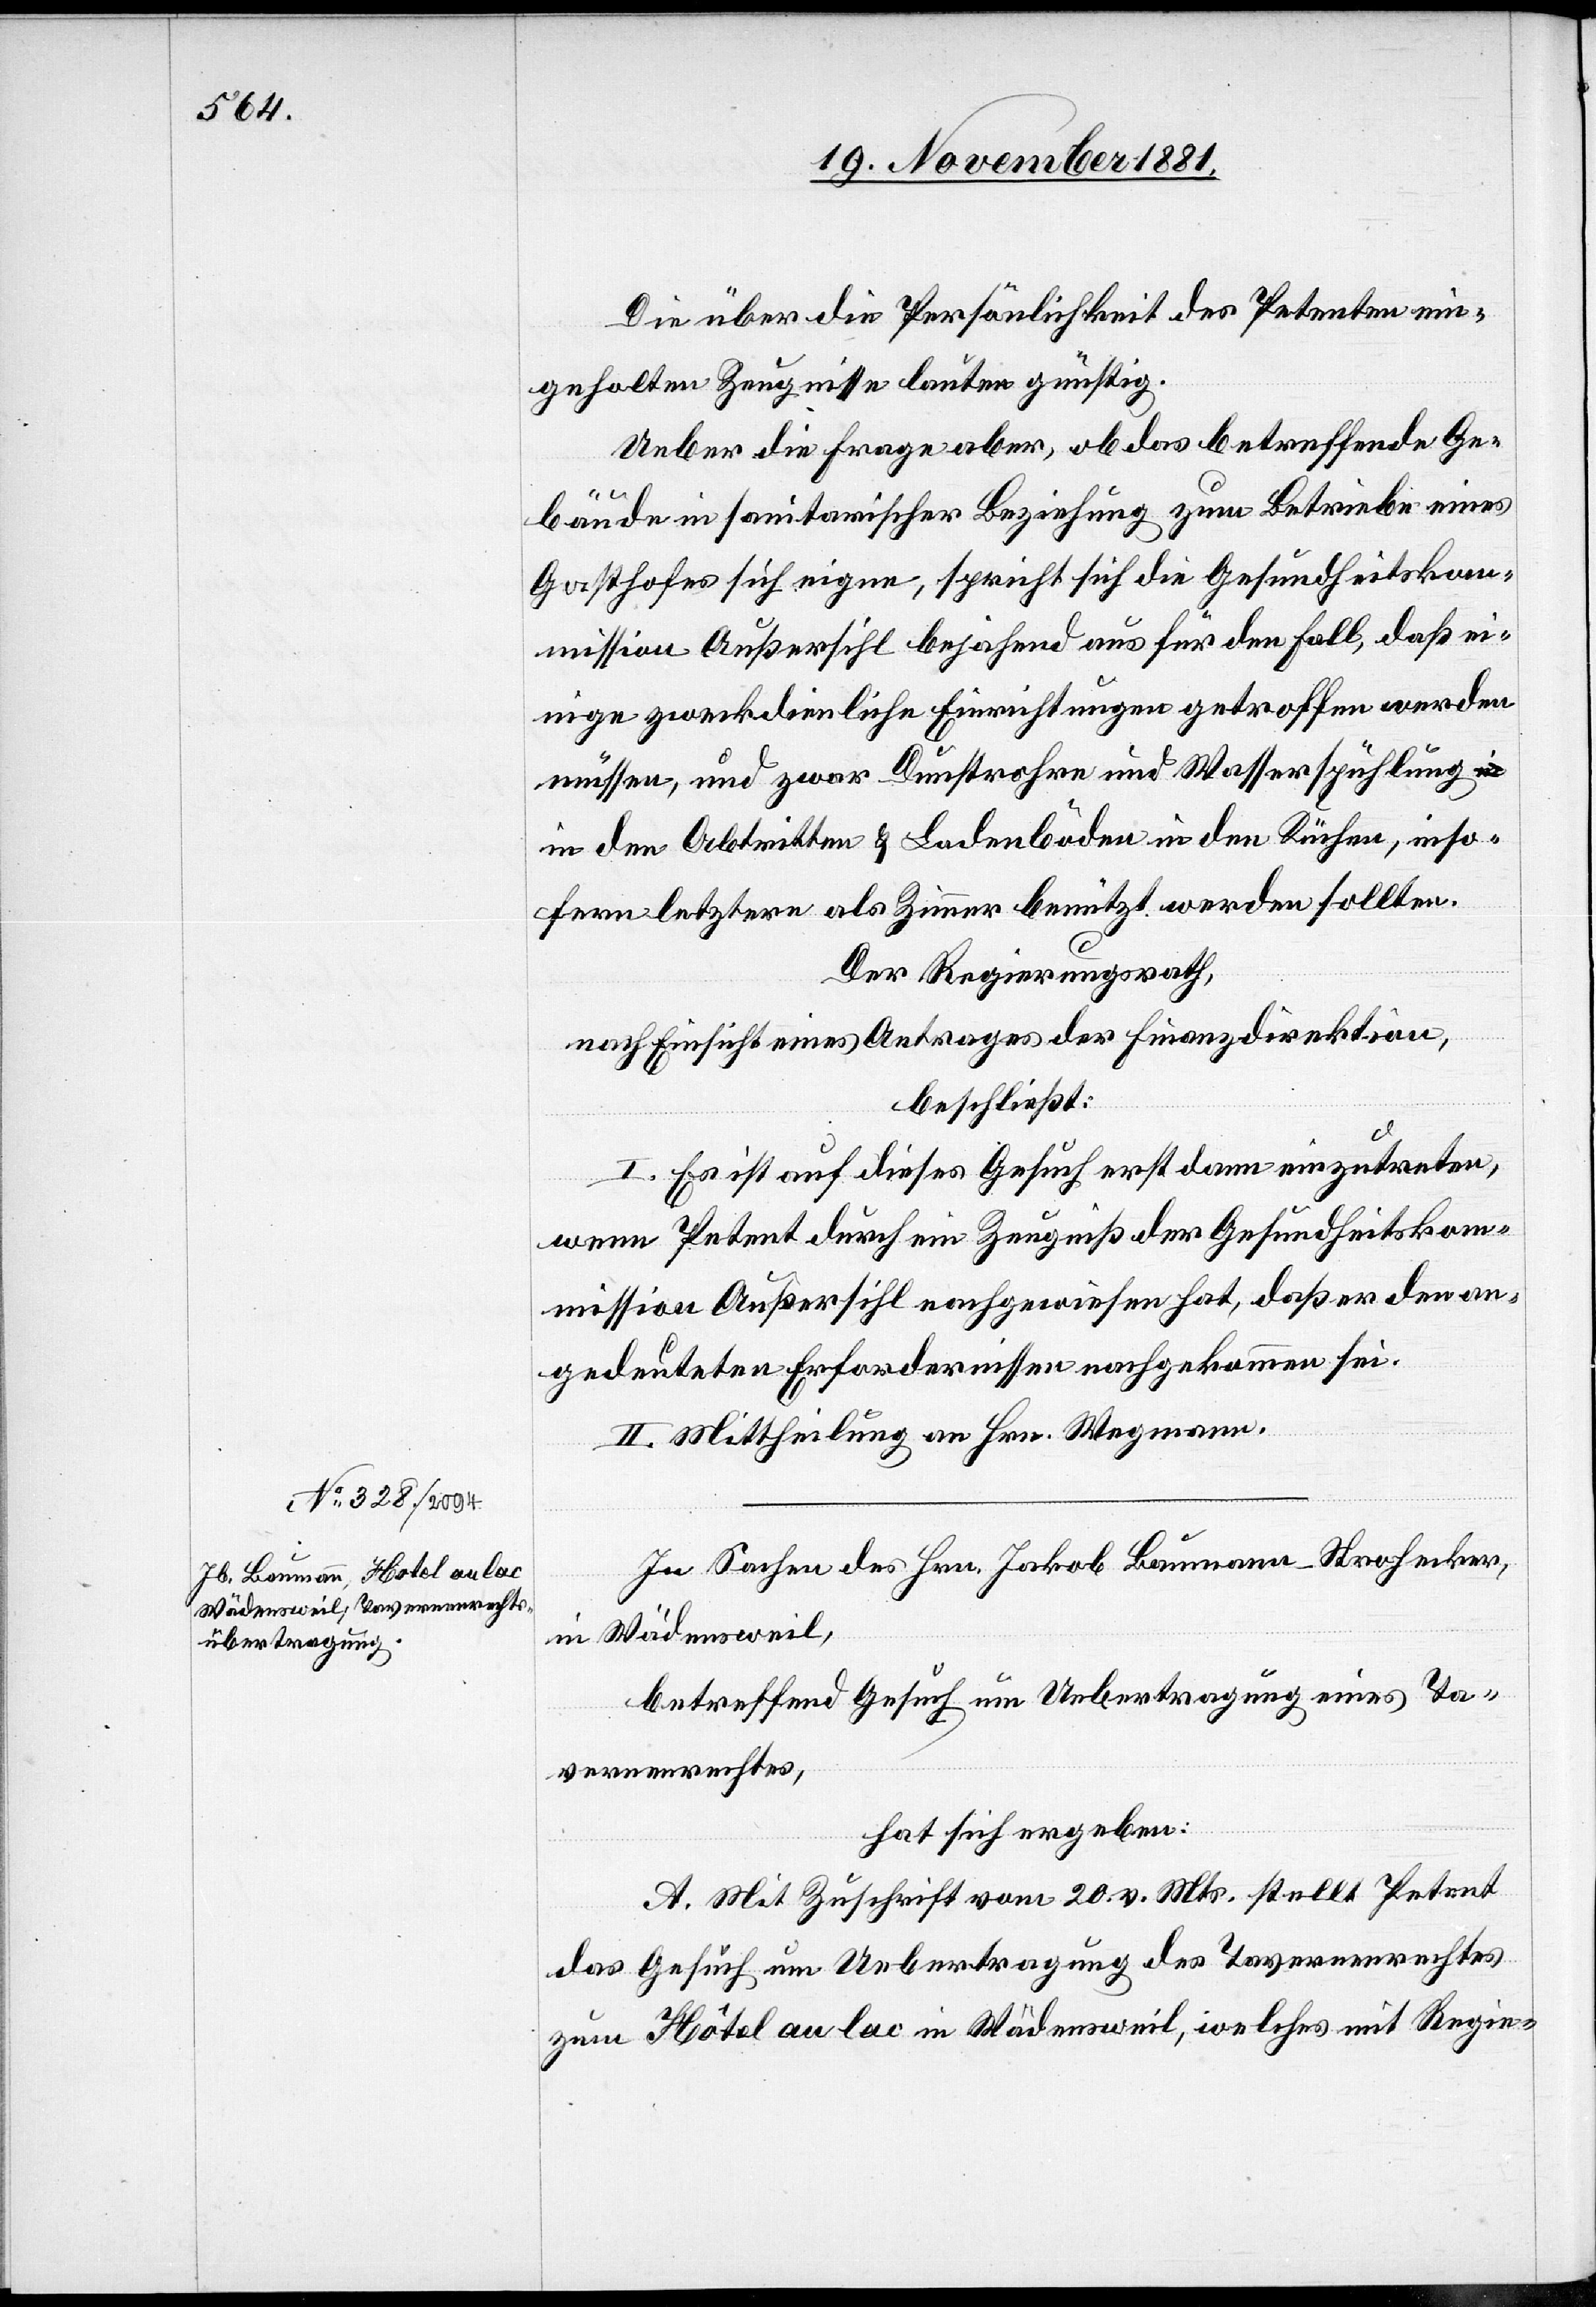
Die über die Persönlichkeit des Petenten ein¬
geholten Zeugnisse lauten günstig.
Ueber die Frage aber, ob das betreffende Ge¬
bäude in sanitarischer Beziehung zum Betriebe eines
Gasthofes sich eigne, spricht sich die Gesundheitskom¬
mission Außersihl, bejahend aus für den Fall, daß ei¬
nige zweckdienliche Einrichtungen getroffen werden
müssen, und zwar Dunstrohre und Wasserspühlung
in den Abtritten & Ladenböden in den Küchen, inso¬
fern letztere als Zimmer benützt werden sollten.
Der Regierungsrath,
nach Einsicht eines Antrages der Finanzdirektion,
beschließt:
I. Es ist auf dieses Gesuch erst dann einzutreten,
wenn Petent durch ein Zeugniß der Gesundheitskom¬
mission Außersihl nachgewiesen hat, daß er den an¬
gedeuteten Erfordernissen nachgekommen sei.
II. Mittheilung an Hrn. Wegmann.
In Sachen des Hrn. Jakob Baumann-Strohecker,
in Wädensweil,
betreffend Gesuch um Uebertragung eines Ta¬
vernenrechtes,
hat sich ergeben:
A. Mit Zuschrift vom 20. v. Mts. stellt Petent
das Gesuch um Uebertragung des Tavernenrechtes
zum Hôtel au lac in Wädensweil, welches mit Regie-